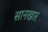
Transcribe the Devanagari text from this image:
सानखार